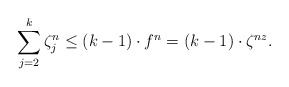
\begin{align*} \sum_{j=2}^{k} \zeta_{j}^{n}\leq (k-1)\cdot f^{n}= (k-1)\cdot \zeta^{nz}.\end{align*}